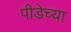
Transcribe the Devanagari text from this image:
पीडेच्या